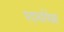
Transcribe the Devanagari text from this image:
पदार्थापेक्षा